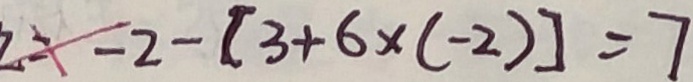
= 2 - [ 3 + 6 \times ( - 2 ) ] = 7